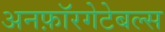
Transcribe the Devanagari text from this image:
अनफ़ॉरगेटेबल्स